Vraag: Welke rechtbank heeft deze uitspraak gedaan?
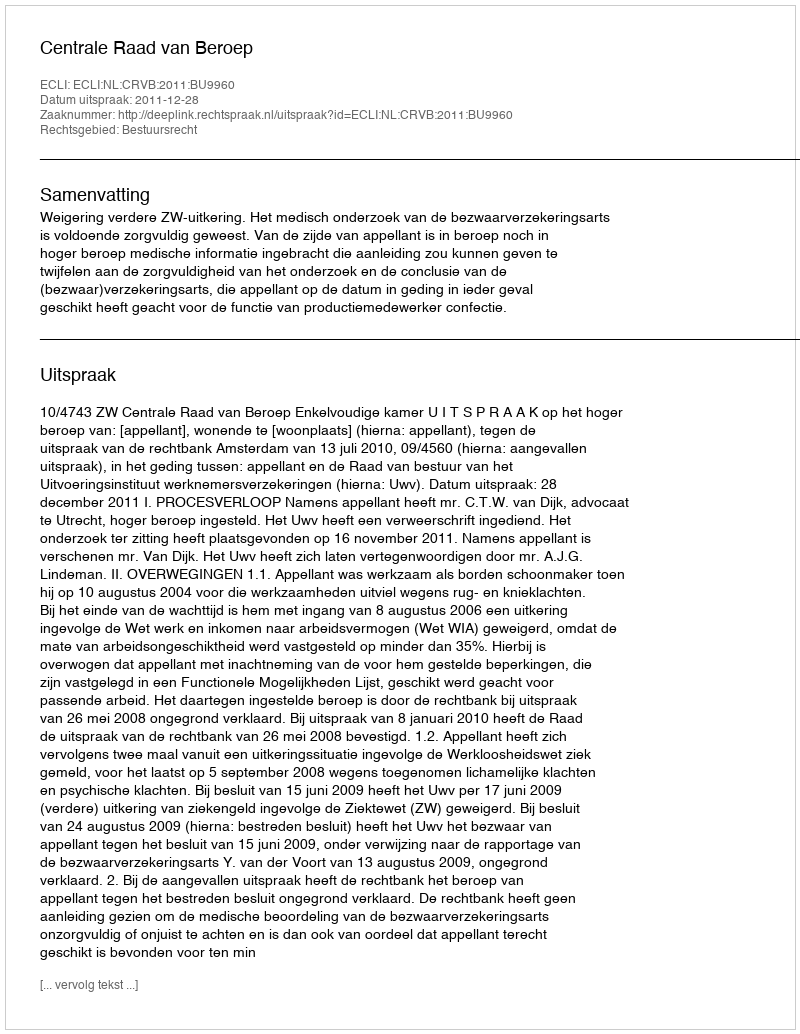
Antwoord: Centrale Raad van Beroep